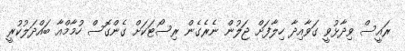
ރައީސް ވިދާޅުވީ ގަވާއިދާ ހިލާފަށް ޖަލުން ނެރެގެން ރިސޯޓަކަށް ގެންގޮސް ހުމާމްއާ ބައްދަލުކުރީ